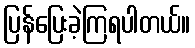
ပြန်ပြေးခဲ့ကြရပါတယ်။